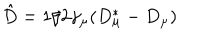
\hat { D } = 1 / 2 \gamma _ { \mu } ( D _ { \mu } ^ { * } - D _ { \mu } )